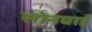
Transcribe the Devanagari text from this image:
सोनघाई